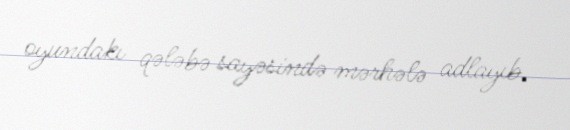
oyundakı qələbə sayəsində mərhələ adlayıb.